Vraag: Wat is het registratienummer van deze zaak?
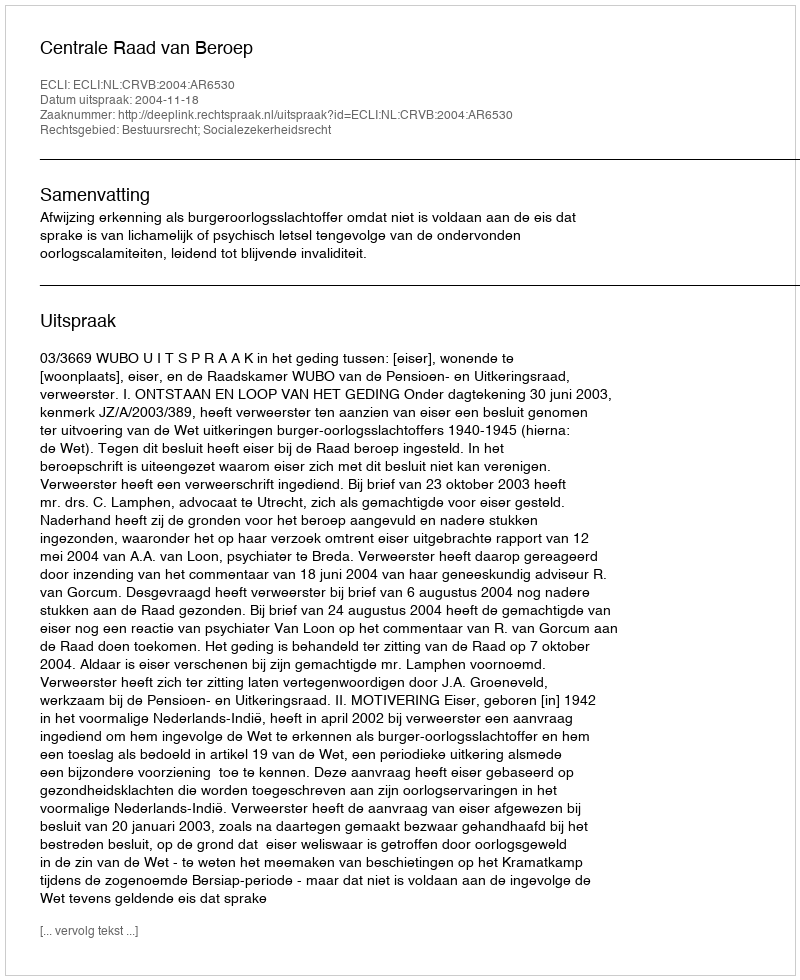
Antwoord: http://deeplink.rechtspraak.nl/uitspraak?id=ECLI:NL:CRVB:2004:AR6530